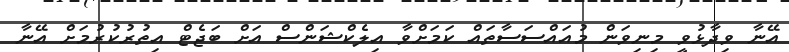
އޭނާ ވިދާޅުވީ މިނިވަން މުއައްސަސާތައް ކަމަށްވާ އިލެކްޝަންސް އަށް ބަޖެޓް އިތުރުކުރުމަށް އޭނާ